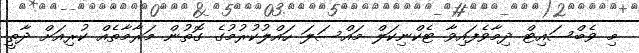
މި ވެބްސައިޓް ދިމާވެފައިވާ ޓެކްނިކަލް މައްސަލަ ހައްލުކުރުމުގެ ގޮތުން މަރާމާތެއް ކުރިއަށް ދާތީ